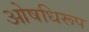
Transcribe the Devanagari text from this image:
ओषधिरूप